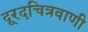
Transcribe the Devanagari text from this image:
दूरदचित्रवाणी